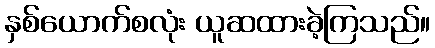
နှစ်ယောက်စလုံး ယူဆထားခဲ့ကြသည်။